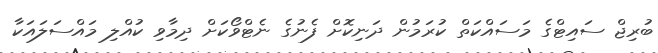
ބުރިޖް ސައިޓްގެ މަސައްކަތް ކުރަމުން ދަނިކޮށް ފެނުގެ ނެޓްވޯކަށް ދިމާވި ކުއްލި މައްސަލައަކާ